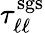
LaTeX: \tau_{\ell\ell}^{\mathrm{sgs}}